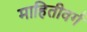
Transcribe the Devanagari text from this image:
माहितीवर्ग